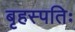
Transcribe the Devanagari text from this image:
बृहस्पतिः